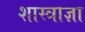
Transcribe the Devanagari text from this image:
शास्त्राज्ञा